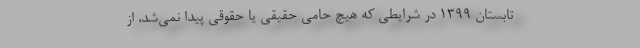
تابستان 1399 در شرایطی که هیچ حامی حقیقی یا حقوقی پیدا نمی‌شد، از